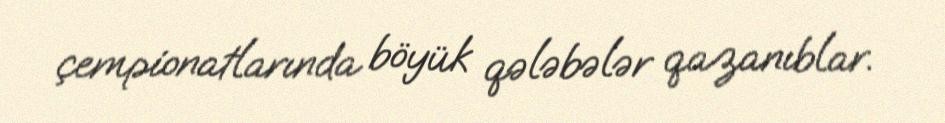
çempionatlarında böyük qələbələr qazanıblar.